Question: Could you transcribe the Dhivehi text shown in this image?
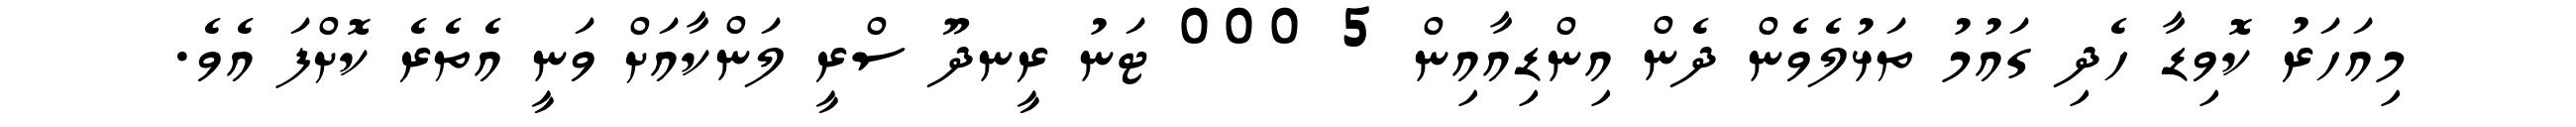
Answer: މިއަހަރު ކޮވިޑާ ހެދި ގައުމު ތަޅުލެވެން ދެން އިންޑިއާއިން 5 000 ޓަނު ރީނދޫ ސްރީ ލަންކާއަށް ވަނީ އެތެރެ ކޮށްފަ އެވެ.